Report of the Indian Hemp Drugs Commission, 1894-1895 - Volume I
Year: 1894
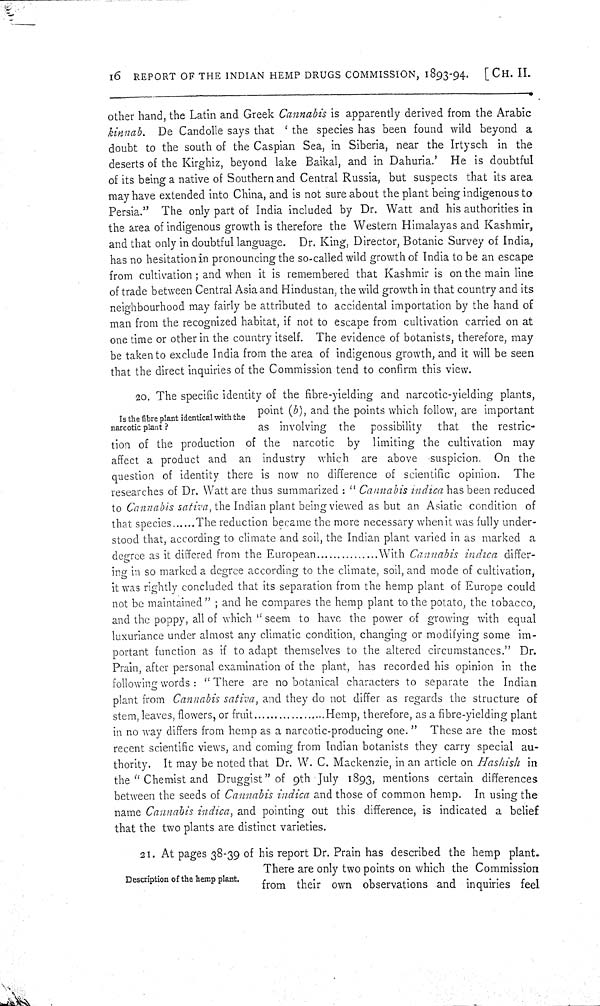
16 REPORT OF THE INDIAN HEMP DRUGS COMMISSION, 1893-94.
[CH.
II.
other hand, the Latin and Greek Cannabis is apparently derived from the Arabic
kinnab. De Candolle says that 'the species has been found wild beyond a
doubt to the south of the Caspian Sea, in Siberia, near the Irtysch in the
deserts of the Kirghiz, beyond lake Baikal, and in Dahuria.' He is doubtful
of its being a native of Southern and Central Russia, but suspects that its area
may have extended into China, and is not sure about the plant being indigenous to
Persia." The only part of India included by Dr. Watt and his authorities in
the area of indigenous growth is therefore the Western Himalayas and Kashmir,
and that only in doubtful language. Dr. King, Director, Botanic Survey of India,
has no hesitation in pronouncing the so-called wild growth of India to be an escape
from cultivation; and when it is remembered that Kashmir is on the main line
of trade between Central Asia and Hindustan, the wild growth in that country and its
neighbourhood may fairly be attributed to accidental importation by the hand of
man from the recognized habitat, if not to escape from cultivation carried on at
one time or other in the country itself. The evidence of botanists, therefore, may
be taken to exclude India from the area of indigenous growth, and it will be seen
that the direct inquiries of the Commission tend to confirm this view.
Is the fibre plant identical with the
narcotic plant?
20. The specific identity of the fibre-yielding and narcotic-yielding plants,
point (b), and the points which follow, are important
as involving the possibility
that the restric-
tion of the production of the narcotic by limiting the cultivation may
affect a product and an industry which are above suspicion. On the
question of identity there is now no difference of scientific opinion. The
researches of Dr. Watt are thus summarized: "Cannabis indica has been reduced
to Cannabis sativa, the Indian plant being viewed as but an Asiatic condition of
that species......The reduction became the more necessary when it was fully under-
stood that, according to climate and soil, the Indian plant varied in as marked a
degree as it differed from the European............With Cannabis indica differ-
ing in so marked a degree according to the climate, soil, and mode of cultivation,
it was rightly concluded that its separation from the hemp plant of Europe could
not be maintained"; and he compares the hemp plant to the potato, the tobacco,
and the poppy, all of which "seem to have the power of growing with equal
luxuriance under almost any climatic condition, changing or modifying some im-
portant function as if to adapt themselves to the altered circumstances." Dr.
Prain, after personal examination of the plant, has recorded his opinion in the
following words: "There are no botanical characters to separate the Indian
plant from Cannabis sativa, and they do not differ as regards the structure of
stem, leaves, flowers, or fruit
............Hemp,
therefore, as a fibre-yielding plant
in no way differs from hemp as a narcotic-producing one." These are the most
recent scientific views, and coming from Indian botanists they carry special au-
thority. It may be noted that Dr. W. C. Mackenzie, in an article on Hashish in
the "Chemist and Druggist" of 9th July 1893, mentions certain differences
between the seeds of Cannabis indica and those of common hemp. In using the
name Cannabis indica, and pointing out this difference, is indicated a belief
that the two plants are distinct varieties.
Description of the hemp plant.
21. At pages 38-39 of his report Dr. Prain has described the hemp plant.
There are only two points on which the Commission
from their own observations and inquiries feel